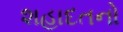
શહાદતનો